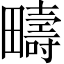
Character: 疇